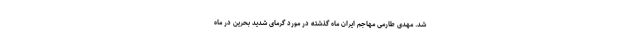
شد. مهدی طارمی مهاجم ایران ماه گذشته در مورد گرمای شدید بحرین در ماه